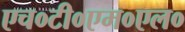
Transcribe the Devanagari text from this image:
एच०टी०एम०एल०